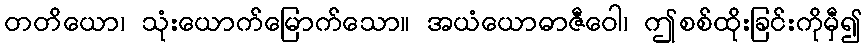
တတိယော၊ သုံးယောက်မြောက်သော။ အယံယောဓာဇီဝေါ၊ ဤစစ်ထိုးခြင်းကိုမှီ၍